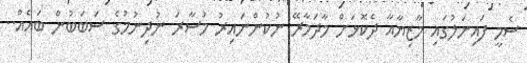
ސެމީ ފައިނަލުގައި މާޒިޔާއާ ދެކޮޅަށް މާދަމާރޭ ނުކުންނައިރު މުސާރަ ނުދިނުމުގެ ސަބަބުން ބައެއް..